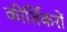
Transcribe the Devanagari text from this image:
कीर्तिकरों